Civil Veterinary Department Bihar reports 1936-40 - 1936-1940
Year: 1936
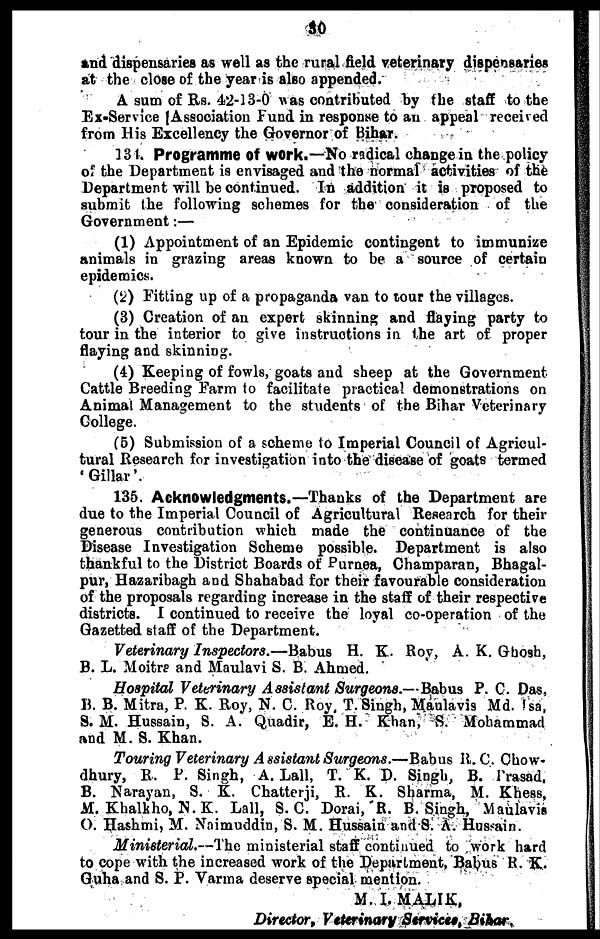
30
and dispensaries as well as the rural field veterinary dispensaries
at the close of the year is also appended.
A sum of Rs. 42-13-0 was contributed by the staff to the
Ex-Service Association Fund in response to an appeal received
from His Excellency the Governor of Bihar.
134. Programme of work.—No radical change in the policy
of the Department is envisaged and the normal activities of the
Department will be continued. In addition it is proposed to
submit the following schemes for the consideration of the
Government:—
(1) Appointment of an Epidemic contingent to immunize
animals in grazing areas known to be a source of certain
epidemics.
(2) Fitting up of a propaganda van to tour the villages.
(3) Creation of an expert skinning and flaying party to
tour in the interior to give instructions in the art of proper
flaying and skinning.
(4) Keeping of fowls, goats and sheep at the Government
Cattle Breeding Farm to facilitate practical demonstrations on
Animal Management to the students of the Bihar Veterinary
College.
(5) Submission of a scheme to Imperial Council of Agricul-
tural Research for investigation into the disease of goats termed
'Gillar'.
135. Acknowledgments.—Thanks of the Department are
due to the Imperial Council of Agricultural Research for their
generous contribution which made the continuance of the
Disease Investigation Scheme possible. Department is also
thankful to the District Boards of Purnea, Champaran, Bhagal-
pur, Hazaribagh and Shahabad for their favourable consideration
of the proposals regarding increase in the staff of their respective
districts. I continued to receive the loyal co-operation of the
Gazetted staff of the Department.
Veterinary Inspectors.—Babus H. K. Roy, A. K. Ghosh,
B. L. Moitre and Maulavi S. B. Ahmed.
Hospital Veterinary Assistant Surgeons.—Babus P. C. Das,
B. B. Mitra, P. K. Roy, N. C. Roy. T. Singh, Maulavis Md. Lsa,
S. M. Hussain, S. A. Quadir, E. H. Khan, S. Mohammad
and M. S. Khan.
Touring Veterinary Assistant Surgeons.—Babus R. C. Chow-
dhury, R. P. Singh, A. Lall, T. K. D. Singh, B. Prasad,
B. Narayan, S. K. Chatterji, R. K. Sharma, M. Khess,
M. Khalkho, N. K. Lall, S. C. Dorai, R. B. Singh, Maulavis
O. Hashmi, M. Naimuddin, S. M. Hussain and S. A. Hussain.
Ministerial.—The ministerial staff continued to work hard
to cope with the increased work of the Department, Babus R. K.
Guha and S. P. Varma deserve special mention.
M. I. MALIK,
Director, Veterinary Services, Bihar.